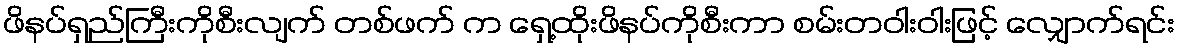
ဖိနပ်ရှည်ကြီးကိုစီးလျက် တစ်ဖက် က ရှေ့ထိုးဖိနပ်ကိုစီးကာ စမ်းတဝါးဝါးဖြင့် လျှောက်ရင်း